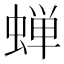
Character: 蝉